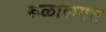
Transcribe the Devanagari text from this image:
रूळालगत